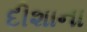
દીશાના